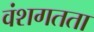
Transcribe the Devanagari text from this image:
वंशगतता